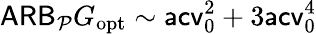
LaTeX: \mathsf{ARB}_{\mathcal P}G_{\mathrm{opt}}\sim\mathsf{acv}_{0}^{2}+3\mathsf{acv}_{0}^{4}